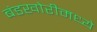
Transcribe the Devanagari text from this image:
बंडखोरीमध्ये